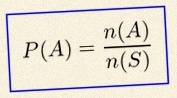
P(A)=\frac{n(A)}{n(S)}